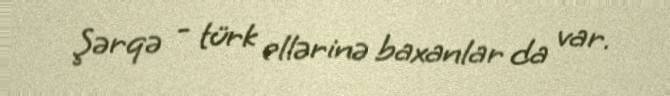
Şərqə - türk ellərinə baxanlar da var.